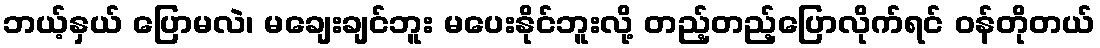
ဘယ့်နှယ် ပြောမလဲ၊ မချေးချင်ဘူး မပေးနိုင်ဘူးလို့ တည့်တည့်ပြောလိုက်ရင် ဝန်တိုတယ်